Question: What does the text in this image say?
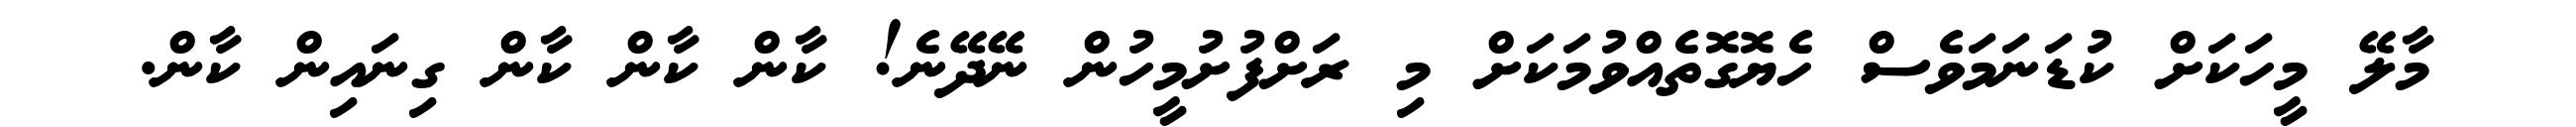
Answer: މާލޭ މީހަކަށް ކުޑަނަމަވެސް ހެޔޮގޮތެއްވުމަކަށް މި ރަށްފުށުމީހުން ނޭދޭނެ! ކާން ކާން ކާން ގިނައިން ކާން.